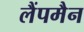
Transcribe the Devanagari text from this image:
लैंपमैन